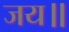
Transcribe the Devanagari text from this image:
जय॥